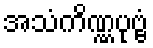
အသံကိဏ္ဏပုဗ္ဗံ